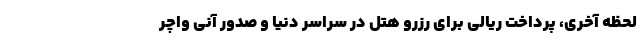
لحظه آخری، پرداخت ریالی برای رزرو هتل در سراسر دنیا و صدور آنی واچر